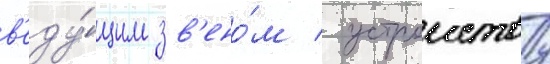
в'еду́щим зв'ено́м / устроиству